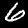
Digit: 6